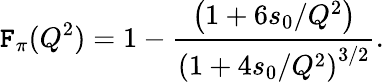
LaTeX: \mathtt{F}_{\pi}(Q^{2})=1-{\frac{{\left(1+6s_{0}/Q^{2}\right)}}{{\left(1+4s_{0}/Q^{2}\right)^{3/2}}}}.